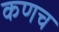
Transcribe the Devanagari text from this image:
कणच